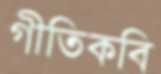
গীতিকবি